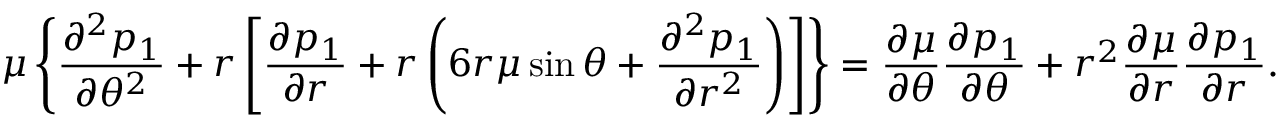
\mu \left\{ \frac { \partial ^ { 2 } p _ { 1 } } { \partial \theta ^ { 2 } } + r \left[ \frac { \partial p _ { 1 } } { \partial r } + r \left( 6 r \mu \sin \theta + \frac { \partial ^ { 2 } p _ { 1 } } { \partial r ^ { 2 } } \right) \right] \right\} = \frac { \partial \mu } { \partial \theta } \frac { \partial p _ { 1 } } { \partial \theta } + r ^ { 2 } \frac { \partial \mu } { \partial r } \frac { \partial p _ { 1 } } { \partial r } .